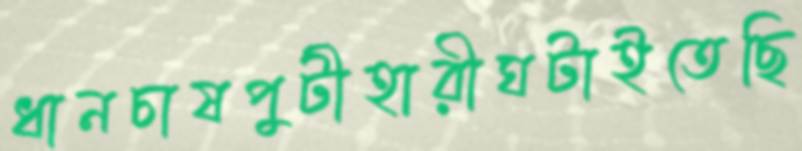
ধানচাষপুটীহারীঘটাইতেছি